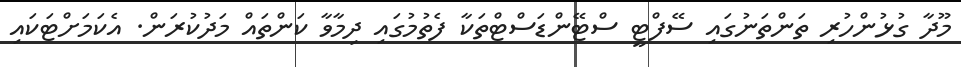
މޫދާ ގުޅުންހުރި ތަންތަނުގައި ސޭފްޓީ ސްޓޭންޑަސްޓްތަކާ ފެތުމުގައި ދިމާވާ ކަންތައް މަދުކުރަން. އެކަމަށްޓަކައި